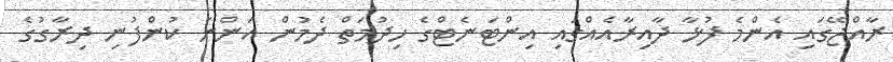
ރާއްޖޭގައި އެންމެ ފުޅާ ދާއިރާއެއްގައި އިންޓަނެޓްގެ ހިދުމަތް ދެމުން އަންނަ ކުންފުނި ދިރާގުގެ